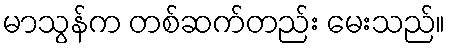
မာသွန်က တစ်ဆက်တည်း မေးသည်။